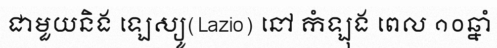
ជាមួយនិង ឡេស្យូ(Lazio) នៅ កំឡុង ពេល ១០ឆ្នាំ